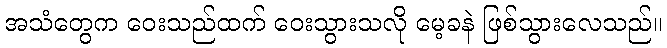
အသံတွေက ဝေးသည်ထက် ဝေးသွားသလို မေ့ခနဲ ဖြစ်သွားလေသည်။